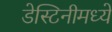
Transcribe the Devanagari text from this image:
डेस्टिनीमध्ये